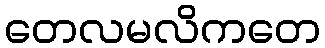
တေလမလိကတေ